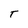
Character: T